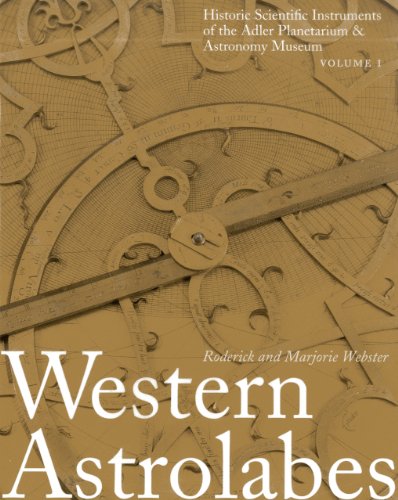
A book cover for Western Astrolabes (Historic Scientific Instruments of the Adler Planetarium Series; Vol. 1); Roderick Webster; Science & Math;